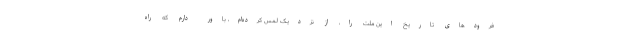
فرودهای تاریخ این ملّت را، از نزدیک لمس کرده‌ام، باور دارم که راه